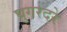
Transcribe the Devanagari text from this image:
घुगरदरे